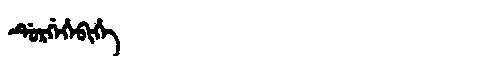
Manchu: ᡩᡠᡵᡤᡝᡥᡝᠪᡳᡥᡝ
Romanization: DURGEHEBIHE